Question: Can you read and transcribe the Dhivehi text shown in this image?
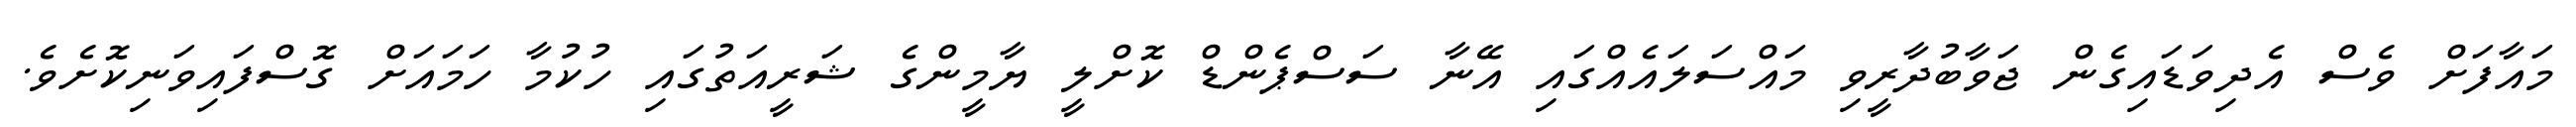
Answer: މައާފަށް ވެސް އެދިވަޑައިގެން ޖަވާބުދާރީވި މައްސަލައެއްގައި އޭނާ ސަސްޕެންޑް ކޮށްލީ ޔާމީންގެ ޝަރީއަތުގައި ހުކުމާ ހަމައަށް ގޮސްފައިވަނިކޮށެވެ.